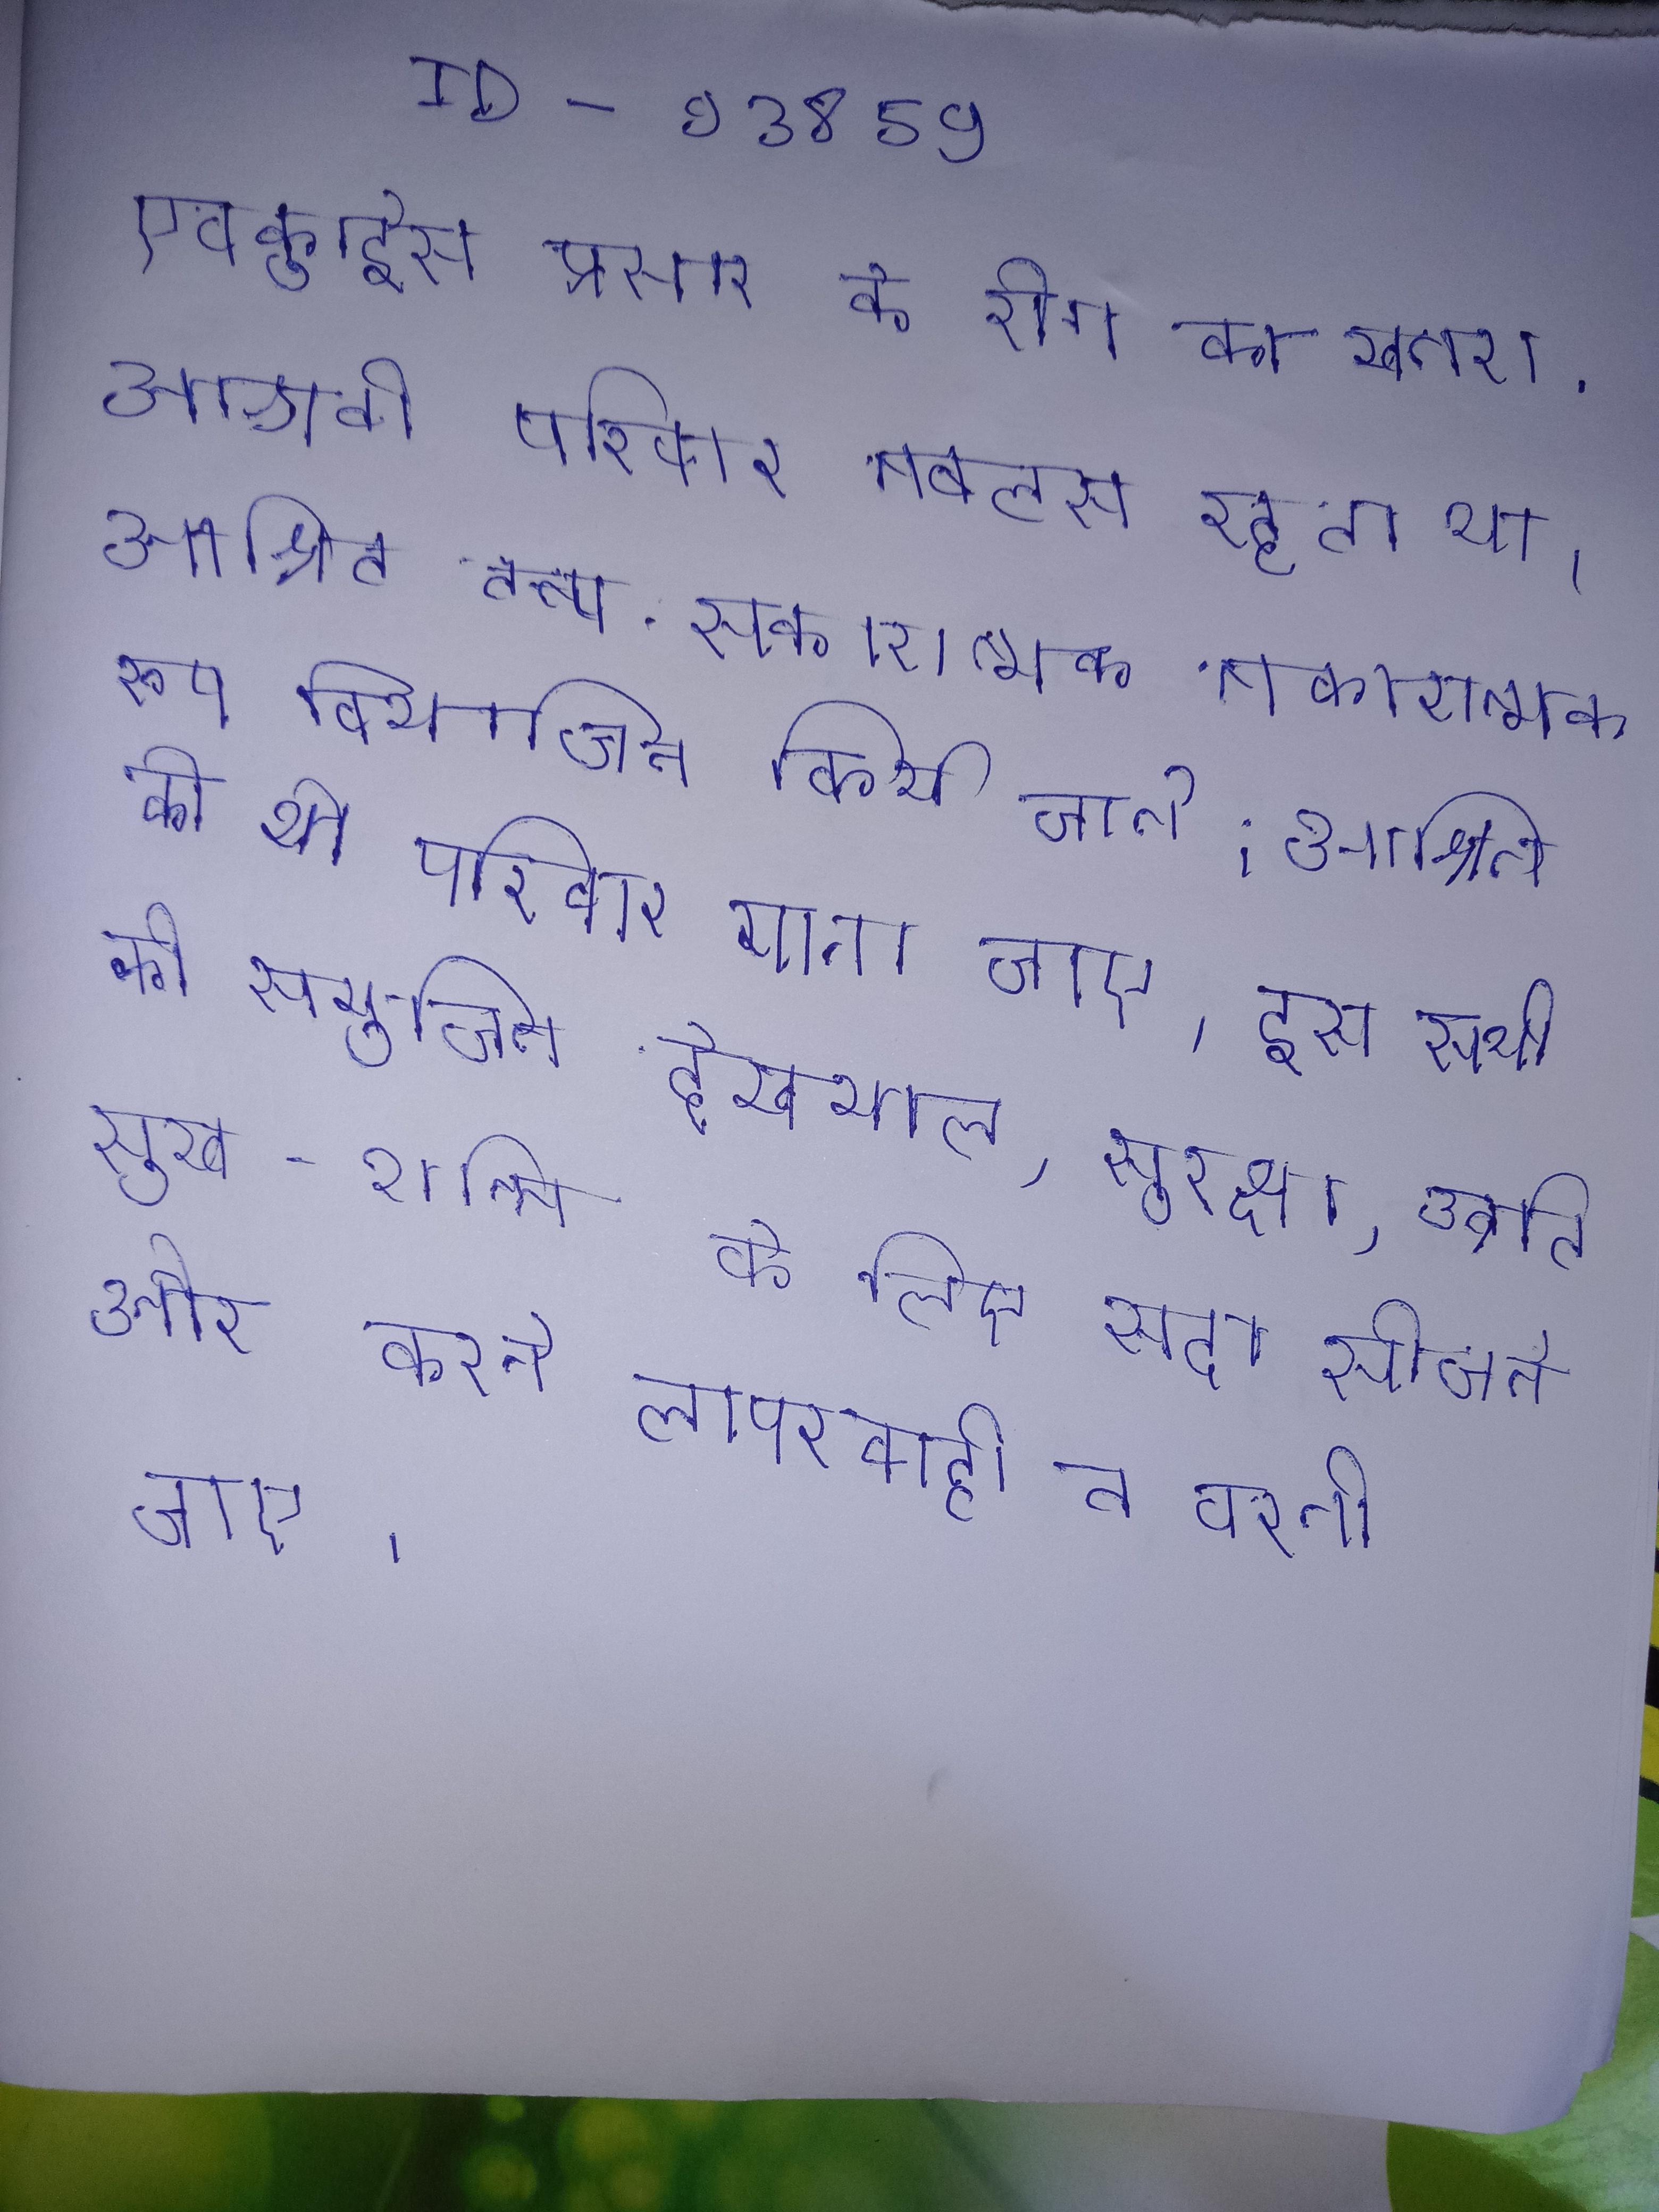
एवकुईस प्रसार के रोग का खतरा . आश्रवी परिवार नबलस रहता था । आश्रित तत्त्व सकारात्मक नकारात्मक रूप विभाजित किये जाते । आश्रित को भी परिवार माना जाए, इस सभी की समुचित देखभाल, सुरक्षा, उन्नति सुख-शान्ति के लिए सदा सोचने और करने लापरवाही न बरती जाए ।